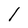
Character: l